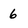
Character: 6